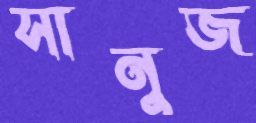
সানুজ